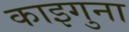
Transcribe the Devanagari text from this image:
काइगुना